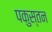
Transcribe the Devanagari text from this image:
पकुस्तन